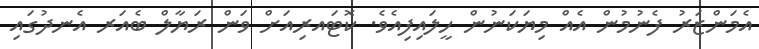
އެމަންޒަރު ފެނުމުން އެއް މިޔަކަނުން ހީލައިފިއެވެ. ކޮޓައރިއަށް ވަން ރަޔާލް ބެއަރ އެނދުގައި